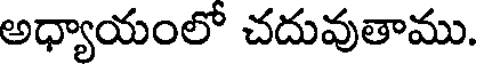
అధ్యాయంలో చదువుతాము.